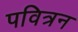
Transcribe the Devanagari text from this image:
पवित्रन